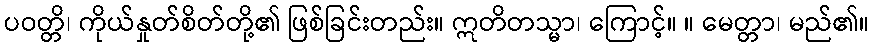
ပဝတ္တိ၊ ကိုယ်နှုတ်စိတ်တို့၏ ဖြစ်ခြင်းတည်း။ ဣတိတသ္မာ၊ ကြောင့်။ ။ မေတ္တာ၊ မည်၏။